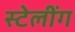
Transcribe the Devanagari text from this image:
स्टेलींग